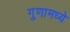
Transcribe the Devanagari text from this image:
गुणामध्ये